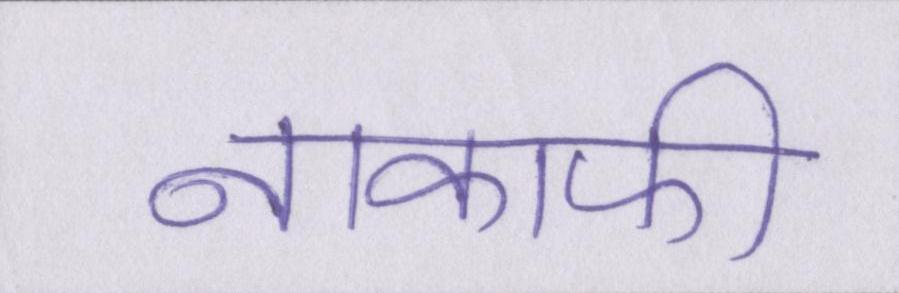
नाकाफी